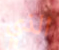
الذي